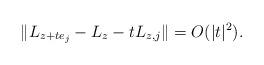
LaTeX: \begin{align*}\lVert{L_{z+te_j}-L_z-tL_{z,j}}\rVert=O(|t|^2).\end{align*}